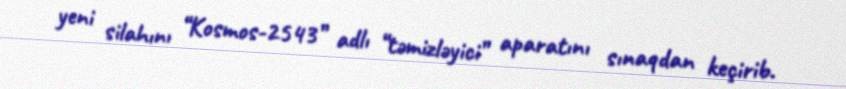
yeni silahını “Kosmos-2543” adlı “təmizləyici” aparatını sınaqdan keçirib.